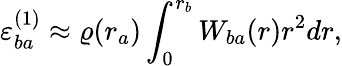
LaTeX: \varepsilon_{ba}^{(1)}\approx\varrho(r_{a})\int_{0}^{r_{b}}W_{ba}(r)r^{2}dr,